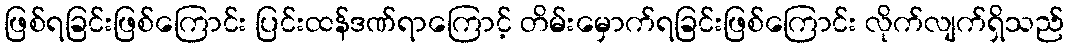
ဖြစ်ရခြင်းဖြစ်ကြောင်း ပြင်းထန်ဒဏ်ရာကြောင့် တိမ်းမှောက်ရခြင်းဖြစ်ကြောင်း လိုက်လျက်ရှိသည်